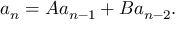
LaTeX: a _ { n } = A a _ { n - 1 } + B a _ { n - 2 } .